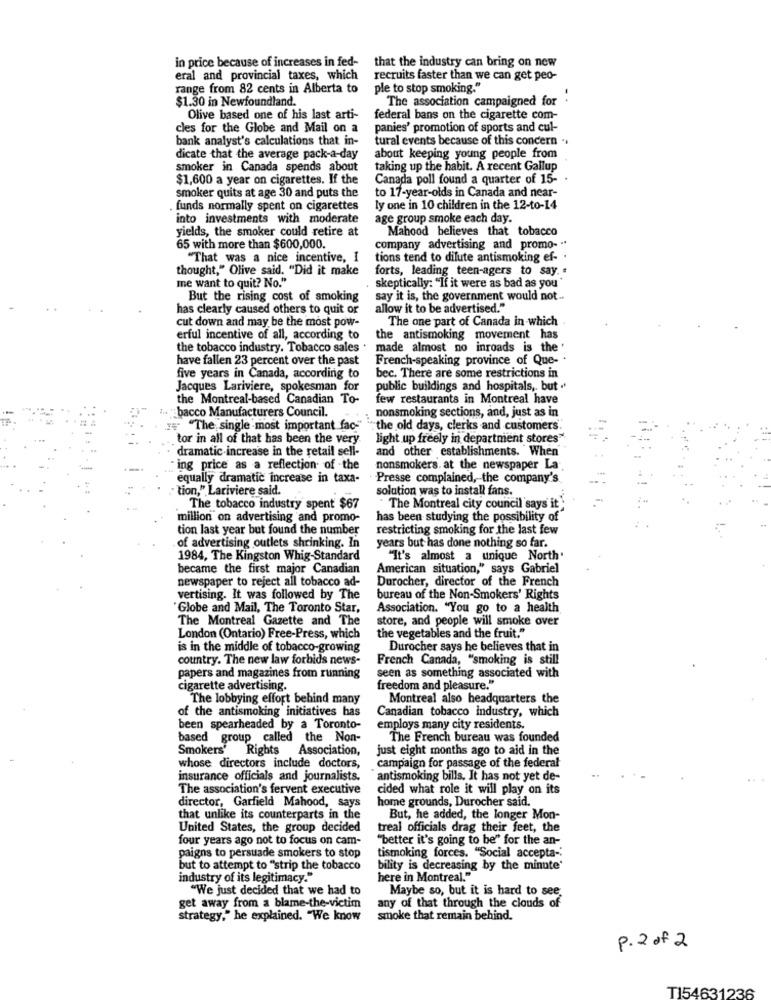
in price because of increases in fed- that the industry can bring on new
eral and provincial taxes, which
recruits faster than we can get peo-
range from 82 cents in Alberta to
ple to stop smoking."
$1.30 in Newfoundland.
The association campaigned for .
Olive based one of his last arti-
federal bans on the cigarette com-
cles for the Globe and Mail on a
panies' promotion of sports and cul-
bank analyst's calculations that in-
tural events because of this concern .
dicate that the average pack-a-day
about keeping young people from
smoker in Canada spends about
taking up the habit. A recent Gallup
$1,600 a year on cigarettes. If the
Canada poll found a quarter of 15-
smoker quits at age 30 and puts the
to 17-year-olds in Canada and near-
funds normally spent on cigarettes
ly one in 10 children in the 12-to-14
into investments with moderate
age group smoke each day.
yields, the smoker could retire at
Mahood believes that tobacco
65 with more than $600,000.
company advertising and promo- "
"That was a nice incentive, I
tions tend to dilute antismoking ef- .
thought," Olive said. "Did it make
forts, leading teen-agers to say. .
me want to quit? No."
skeptically: "If it were as bad as you"
But the rising cost of smoking
say it is, the government would not ..
has clearly caused others to quit or
allow it to be advertised."
The one part of Canada in which.
cut down and may be the most pow-
erful incentive of all, according to
the antismoking movement has
the tobacco industry. Tobacco sales
made almost no inroads is the'
have fallen 23 percent over the past
French-speaking province of Que- .
five years in Canada, according to
bec. There are some restrictions in
Jacques Lariviere, spokesman for
public buildings and hospitals, but .
the Montreal-based Canadian To-
few restaurants in Montreal have
z. "bacco Manufacturers Council.
nonsmoking sections, and, just as in
:#" "The single most important fac"" "" the old days, clerks and customers.
tor in all of that has been the very.
light up freely in department stores"
dramatic increase in the retail sell-
and other establishments. When
: ing price as a reflection of -the
nonsmokers. at the newspaper La
equally dramatic increase in taxa-
Presse complained, the company's
tion," Lariviere said.
solution was to install fans.
The tobacco industry spent $67
. The Montreal city council says it
million on advertising and promo-
has been studying the possibility of
tion last year but found the number
restricting smoking for the last few
of advertising outlets shrinking. In
years but has done nothing so far.
1984, The Kingston Whig-Standard
"It's almost a unique North.
became the first major Canadian
American situation," says Gabriel
newspaper to reject all tobacco ad-
Durocher, director of the French
vertising. It was followed by The
bureau of the Non-Smokers' Rights
'Globe and Mail, The Toronto Star,
Association. "You go to a health
The Montreal Gazette and The
store, and people will smoke over
London (Ontario) Free-Press, which
the vegetables and the fruit."
is in the middle of tobacco-growing
Durocher says he believes that in
country. The new law forbids news-
French Canada, "smoking is still
papers and magazines from running
seen as something associated with
cigarette advertising.
freedom and pleasure."
The lobbying effort behind many
Montreal also headquarters the
of the antismoking initiatives has
Canadian tobacco industry, which
been spearheaded by a Toronto-
employs many city residents.
based group called the Non-
The French bureau was founded
Smokers' Rights Association,
just eight months ago to aid in the
whose directors include doctors,
campaign for passage of the federal
insurance officials and journalists.
antismoking bills. It has not yet de-
The association's fervent executive
cided what role it will play on its
director, Garfield Mahood, says
home grounds, Durocher said.
that unlike its counterparts in the
But, he added, the longer Mon-
United States, the group decided
treal officials drag their feet, the
four years ago not to focus on cam-
"better it's going to be" for the an-
tismoking forces. "Social accepta-
paigns to persuade smokers to stop
but to attempt to "strip the tobacco
bility is decreasing by the minute'
industry of its legitimacy."
here in Montreal."
"We just decided that we had to
Maybe so, but it is hard to see
get away from a blame-the-victim
any of that through the clouds of
strategy," he explained. "We know
smoke that remain behind.
p. 2 of 2
TI54631236